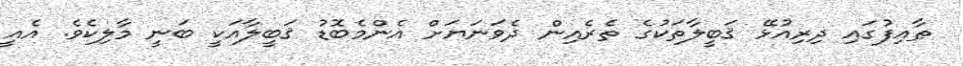
ޠާއިފުގައި ދިރިއުޅޭ ޤަބީލާތަކުގެ ތެރެއިން ދެވަނަޔަށް އެންމެބޮޑު ޤަބީލާއަކީ ބަނީ މާލިކެވެ. އެއީ